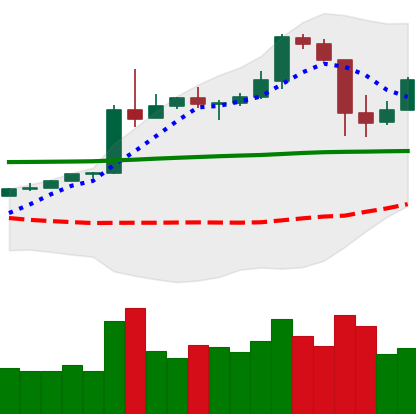
Ticker: BTC-USD
Chart end date: 2020-05-13
Forward return: 4.925%
Label: up_3_5